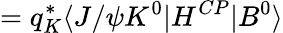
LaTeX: =q_{K}^{\ast}\langle J/\psi K^{0}|H^{CP}|B^{0}\rangle